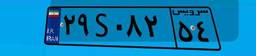
۲۹S۰۸۲۵۴